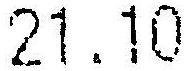
21.10